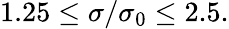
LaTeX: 1.25\leq\sigma/\sigma_{0}\leq 2.5.